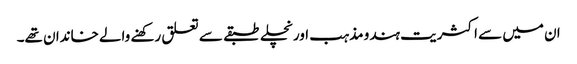
ان میں سے اکثریت ہندو مذہب اور نچلے طبقے سے تعلق رکھنے والے خاندان تھے۔